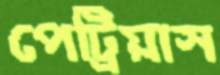
পেট্রিয়াস